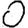
Digit: 0